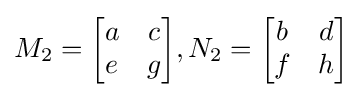
M_{2}={\begin{bmatrix}a&c\\e&g\end{bmatrix}},N_{2}={\begin{bmatrix}b&d\\f&h\end{bmatrix}}